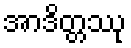
အာဒိတ္တဿု